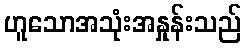
ဟူသောအသုံးအနှုန်းသည်